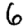
Digit: 6